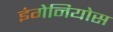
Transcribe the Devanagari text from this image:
इंगेनियोस